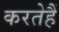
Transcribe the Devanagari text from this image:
करतेहैं